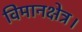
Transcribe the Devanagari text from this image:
विमानक्षेत्र।